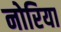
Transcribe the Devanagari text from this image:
नोरिया